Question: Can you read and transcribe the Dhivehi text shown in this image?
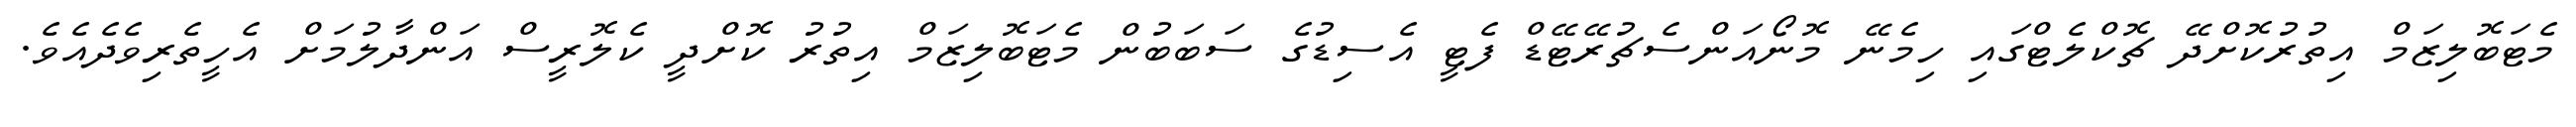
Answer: މެޓަބޮލިޒަމް އިތުރުކޮށްދޭ ޗޮކްލެޓްގައި ހިމެނޭ މޮނޯއަންސެޗުރޭޓޭޑް ފެޓީ އެސިޑުގެ ސަބަބުން މެޓަބޮލިޒަމް އިތުރު ކޮށްދީ ކެލޮރީސް އަންދާލުމަށް އެހީތެރިވެދެއެވެ.